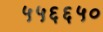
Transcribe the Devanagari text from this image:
५५६६५०